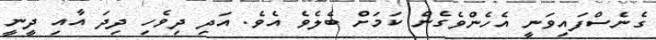
ގެނެސްފައިވަނީ އެހެންވެގެން ކަމަށް ބެލެވެ އެވެ. އަދި ދިވެހި ދިދަ އާއި ދީނީ